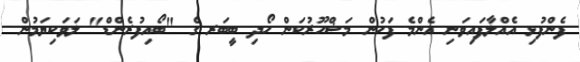
ފެންފުޅި އެއްލާފައިވަނި އެންމެ ފަހުން މަޝްހޫރުކަން ހޯދި ބީބަރ ގެ "ބޯއިފުރެންޑް" ލަވަކިޔަމުން